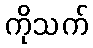
ကိုသက်